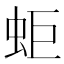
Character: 蚷